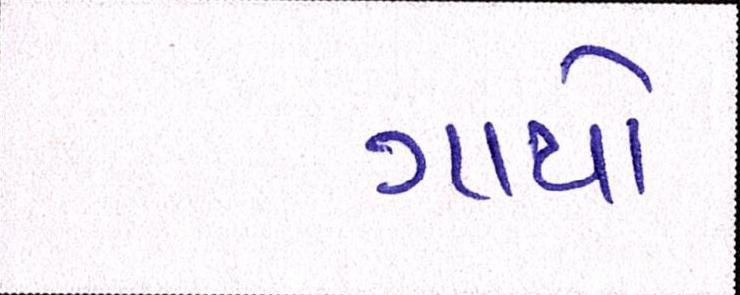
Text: ગાયો